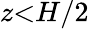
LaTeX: z{<}H/2